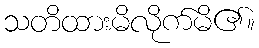
သတိထားမိလိုက်မိ၏။